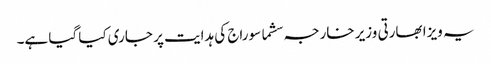
یہ ویزا بھارتی وزیر خارجہ سشما سوراج کی ہدایت پر جاری کیا گیا ہے۔